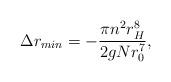
LaTeX: \begin{align*}\Delta r_{min} = -\frac{\pi n^2 r_H^8}{2gNr_0^7},\end{align*}